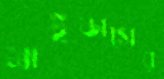
মাইডাসের